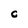
Character: C